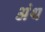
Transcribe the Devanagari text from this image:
अंथ